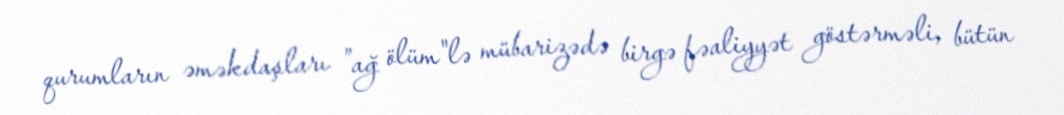
qurumların əməkdaşları ”ağ ölüm"lə mübarizədə birgə fəaliyyət göstərməli, bütün